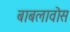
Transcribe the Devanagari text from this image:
बाबलावोस